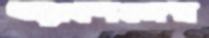
অ্যাশেজের